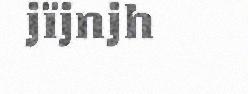
jïjnjh